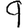
Digit: 9